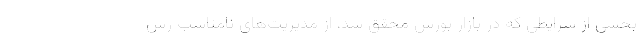
بخشی از شرایطی که در بازار بورس محقق شد، از مدیریت‌های نامناسب رس